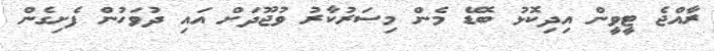
ރާއްޖެ ޓީވީން އިދިކޮޅު ބޮޑޭ މެން މިސަރުކާރު ވުޖޫދަށް އައި ދުވަހުން ފެށިގެން